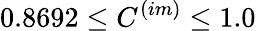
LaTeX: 0.8692\leq C^{(im)}\leq 1.0